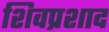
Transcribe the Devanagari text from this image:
शिवप्रशाद